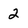
Character: 2